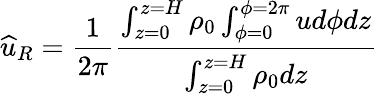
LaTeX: \widehat{u}_{R}=\frac{1}{2\pi}\frac{\int_{z=0}^{z=H}\rho_{0}\int_{\phi=0}^{\phi=2\pi}ud\phi dz}{\int_{z=0}^{z=H}\rho_{0}dz}